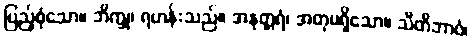
ပြည့်စုံသော။ ဘိက္ခု၊ ရဟန်းသည်။ အနုတ္တရံ၊ အတုမရှိသော။ သီတိဘာဝံ၊